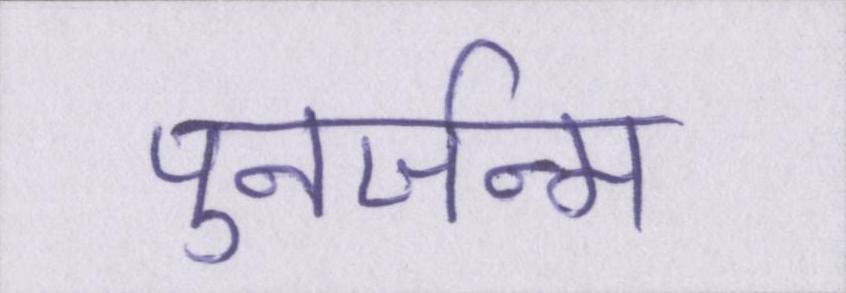
पुनर्जन्म